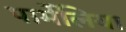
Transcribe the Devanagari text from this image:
पार्मेलिया